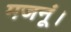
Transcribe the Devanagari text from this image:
मजनूं।